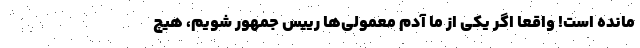
مانده است! واقعا اگر یکی از ما آدم معمولی‌ها رییس جمهور شویم، هیچ